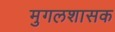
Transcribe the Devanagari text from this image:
मुगलशासक